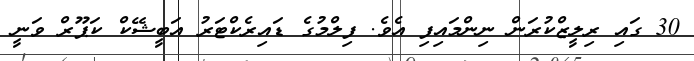
30 ގައި ރިލީޒްކުރަން ނިންމައިފި އެވެ. ފިލްމުގެ ޑައިރެކްޓަރު އަބީޝޭކް ކަޕޫރް ވަނީ